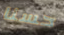
حسنا